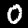
Label: 0